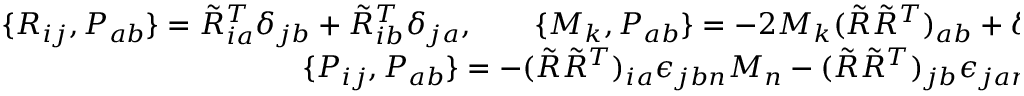
\begin{array} { r } { \{ R _ { i j } , P _ { a b } \} = \tilde { R } _ { i a } ^ { T } \delta _ { j b } + \tilde { R } _ { i b } ^ { T } \delta _ { j a } , \qquad \{ M _ { k } , P _ { a b } \} = - 2 M _ { k } ( \tilde { R } \tilde { R } ^ { T } ) _ { a b } + \delta _ { k a } ( \tilde { R } \tilde { R } ^ { T } { \bf M } ) _ { b } + \delta _ { k b } ( \tilde { R } \tilde { R } ^ { T } { \bf M } ) _ { a } , } \\ { \{ P _ { i j } , P _ { a b } \} = - ( \tilde { R } \tilde { R } ^ { T } ) _ { i a } \epsilon _ { j b n } M _ { n } - ( \tilde { R } \tilde { R } ^ { T } ) _ { j b } \epsilon _ { j a n } M _ { n } + ( a \leftrightarrow b ) . \qquad \qquad \qquad \qquad } \end{array}